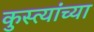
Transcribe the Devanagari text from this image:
कुस्त्यांच्या